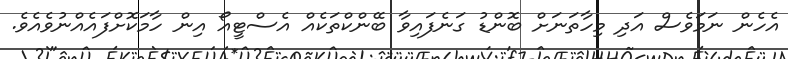
އެހެން ނަމަވެސް އަދި މިހާތަނަށް ބޮންޑު ގަނެފައިވާ ބޭންކްތަކެއް އެސްޓީއޯ އިން ހާމަކޮށްފައެއްނުވެއެވެ.